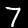
Digit: 7